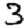
Digit: 3